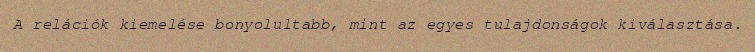
A relációk kiemelése bonyolultabb, mint az egyes tulajdonságok kiválasztása.